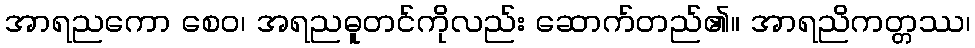
အာရညကော စေဝ၊ အရညဓူတင်ကိုလည်း ဆောက်တည်၏။ အာရညိကတ္တဿ၊